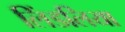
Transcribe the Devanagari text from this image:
लिंडलिया